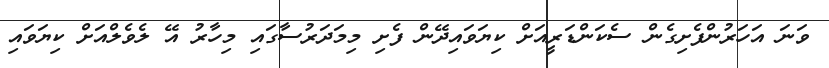
ވަނަ އަހަރުންފެށިގެން ސެކަންޑަރީއަށް ކިޔަވައިދޭން ފެށި މިމަދަރުސާގައި މިހާރު އޭ ލެވެލްއަށް ކިޔަވައި